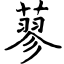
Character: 蓼